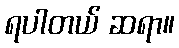
ရပါတယ် ဆရာ။